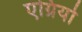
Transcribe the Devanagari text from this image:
एग्रियो